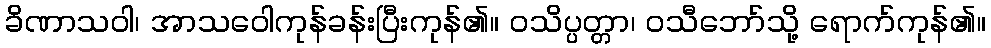
ခိဏာသဝါ၊ အာသဝေါကုန်ခန်းပြီးကုန်၏။ ဝသိပ္ပတ္တာ၊ ဝသီဘော်သို့ ရောက်ကုန်၏။